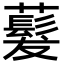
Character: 𬟂